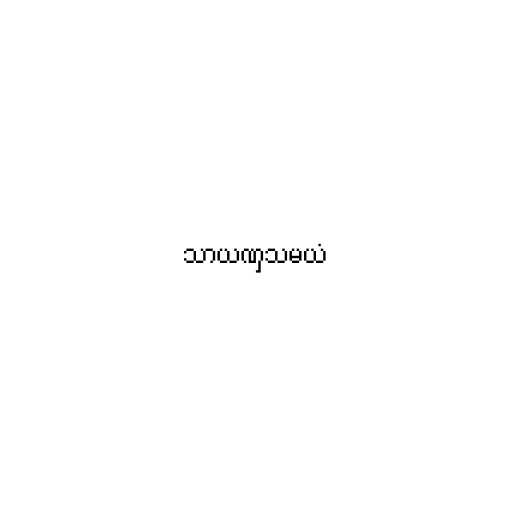
သာယဏှသမယံ